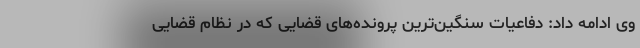
وی ادامه داد: دفاعیات سنگین‌ترین پرونده‌های قضایی که در نظام قضایی